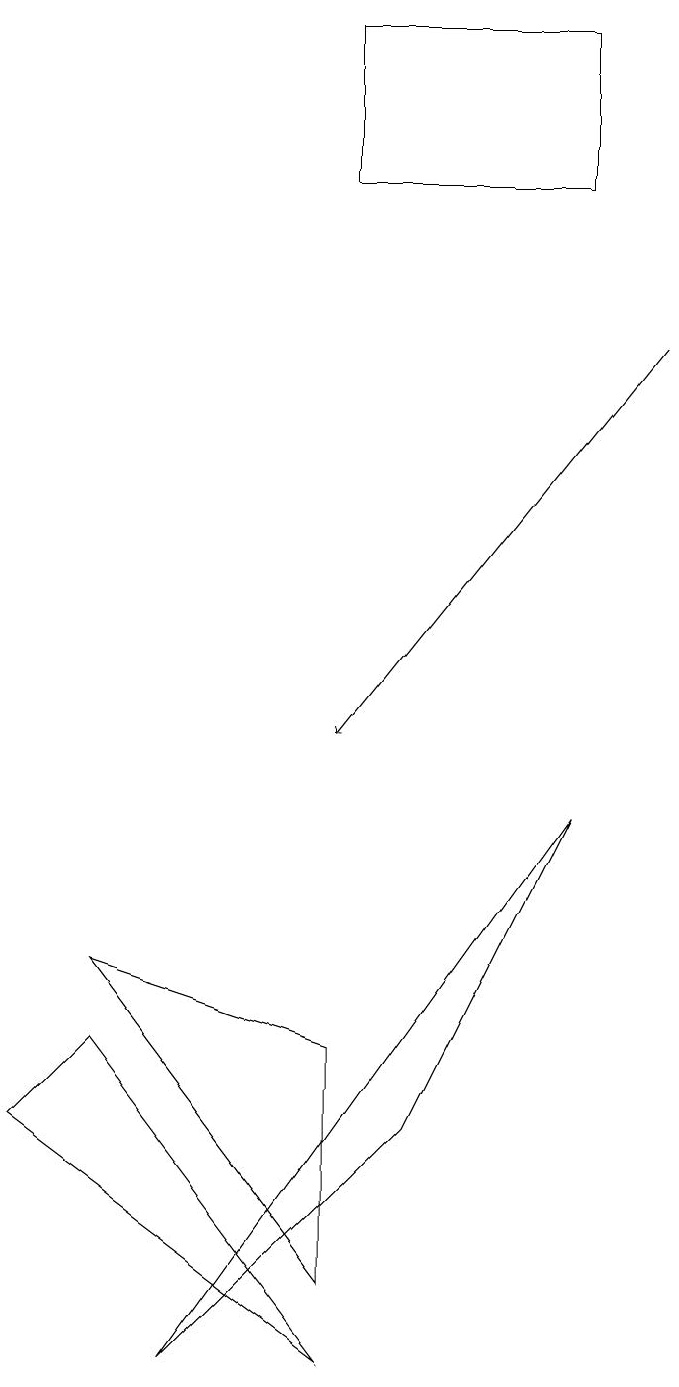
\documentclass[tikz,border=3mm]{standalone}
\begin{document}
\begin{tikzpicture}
\draw[->] (8,15) -- (4,10);
\draw (4,3) -- (1,7) -- (4,6) -- cycle;
\draw (7,19) rectangle (4,17);
\draw (2,2) -- (7,9) -- (5,5) -- cycle;
\draw (1,6) -- (4,2) -- (0,5) -- cycle;
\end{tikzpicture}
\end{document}